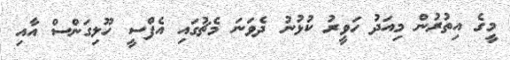
މީގެ އިތުރުން މިއަދު ހަވީރު ކުޅުނު ދެވަނަ މެޗުގައި އެފްސީ ހޫލިގަންސް އާއި